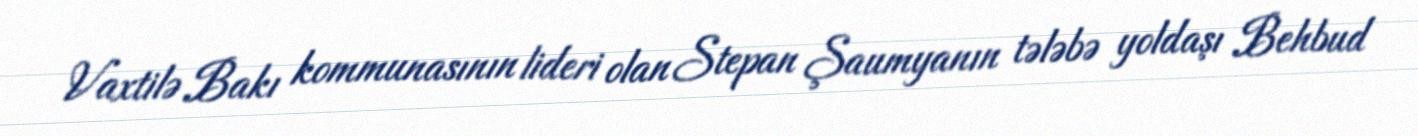
Vaxtilə Bakı kommunasının lideri olan Stepan Şaumyanın tələbə yoldaşı Behbud